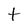
Character: t